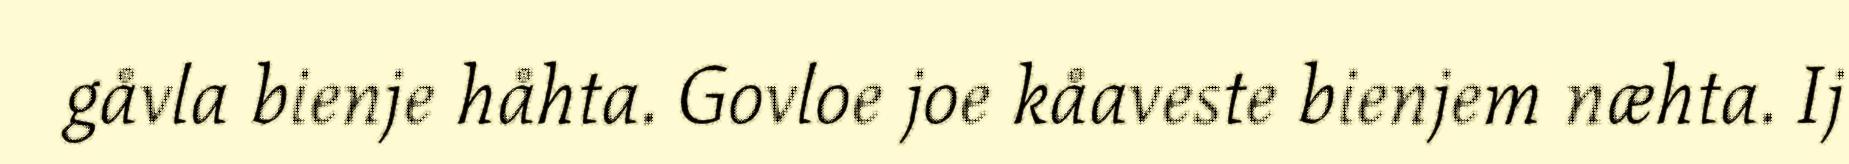
gåvla bienje håhta. Govloe joe kåaveste bienjem næhta. Ij